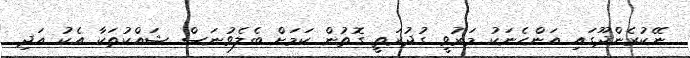
ނޭކުރެންދޫގައި އަންހެނަކު މަރުވީ ގުދުރަތީ ގޮތުން ކަމަށް ބެލެވުނަސް ޝައްކުތަކާ އެކު އަދި